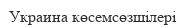
Украина көсемсөзшілері